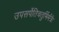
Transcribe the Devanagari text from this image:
उपसर्पेतिचतुर्भिर्मंत्रैः